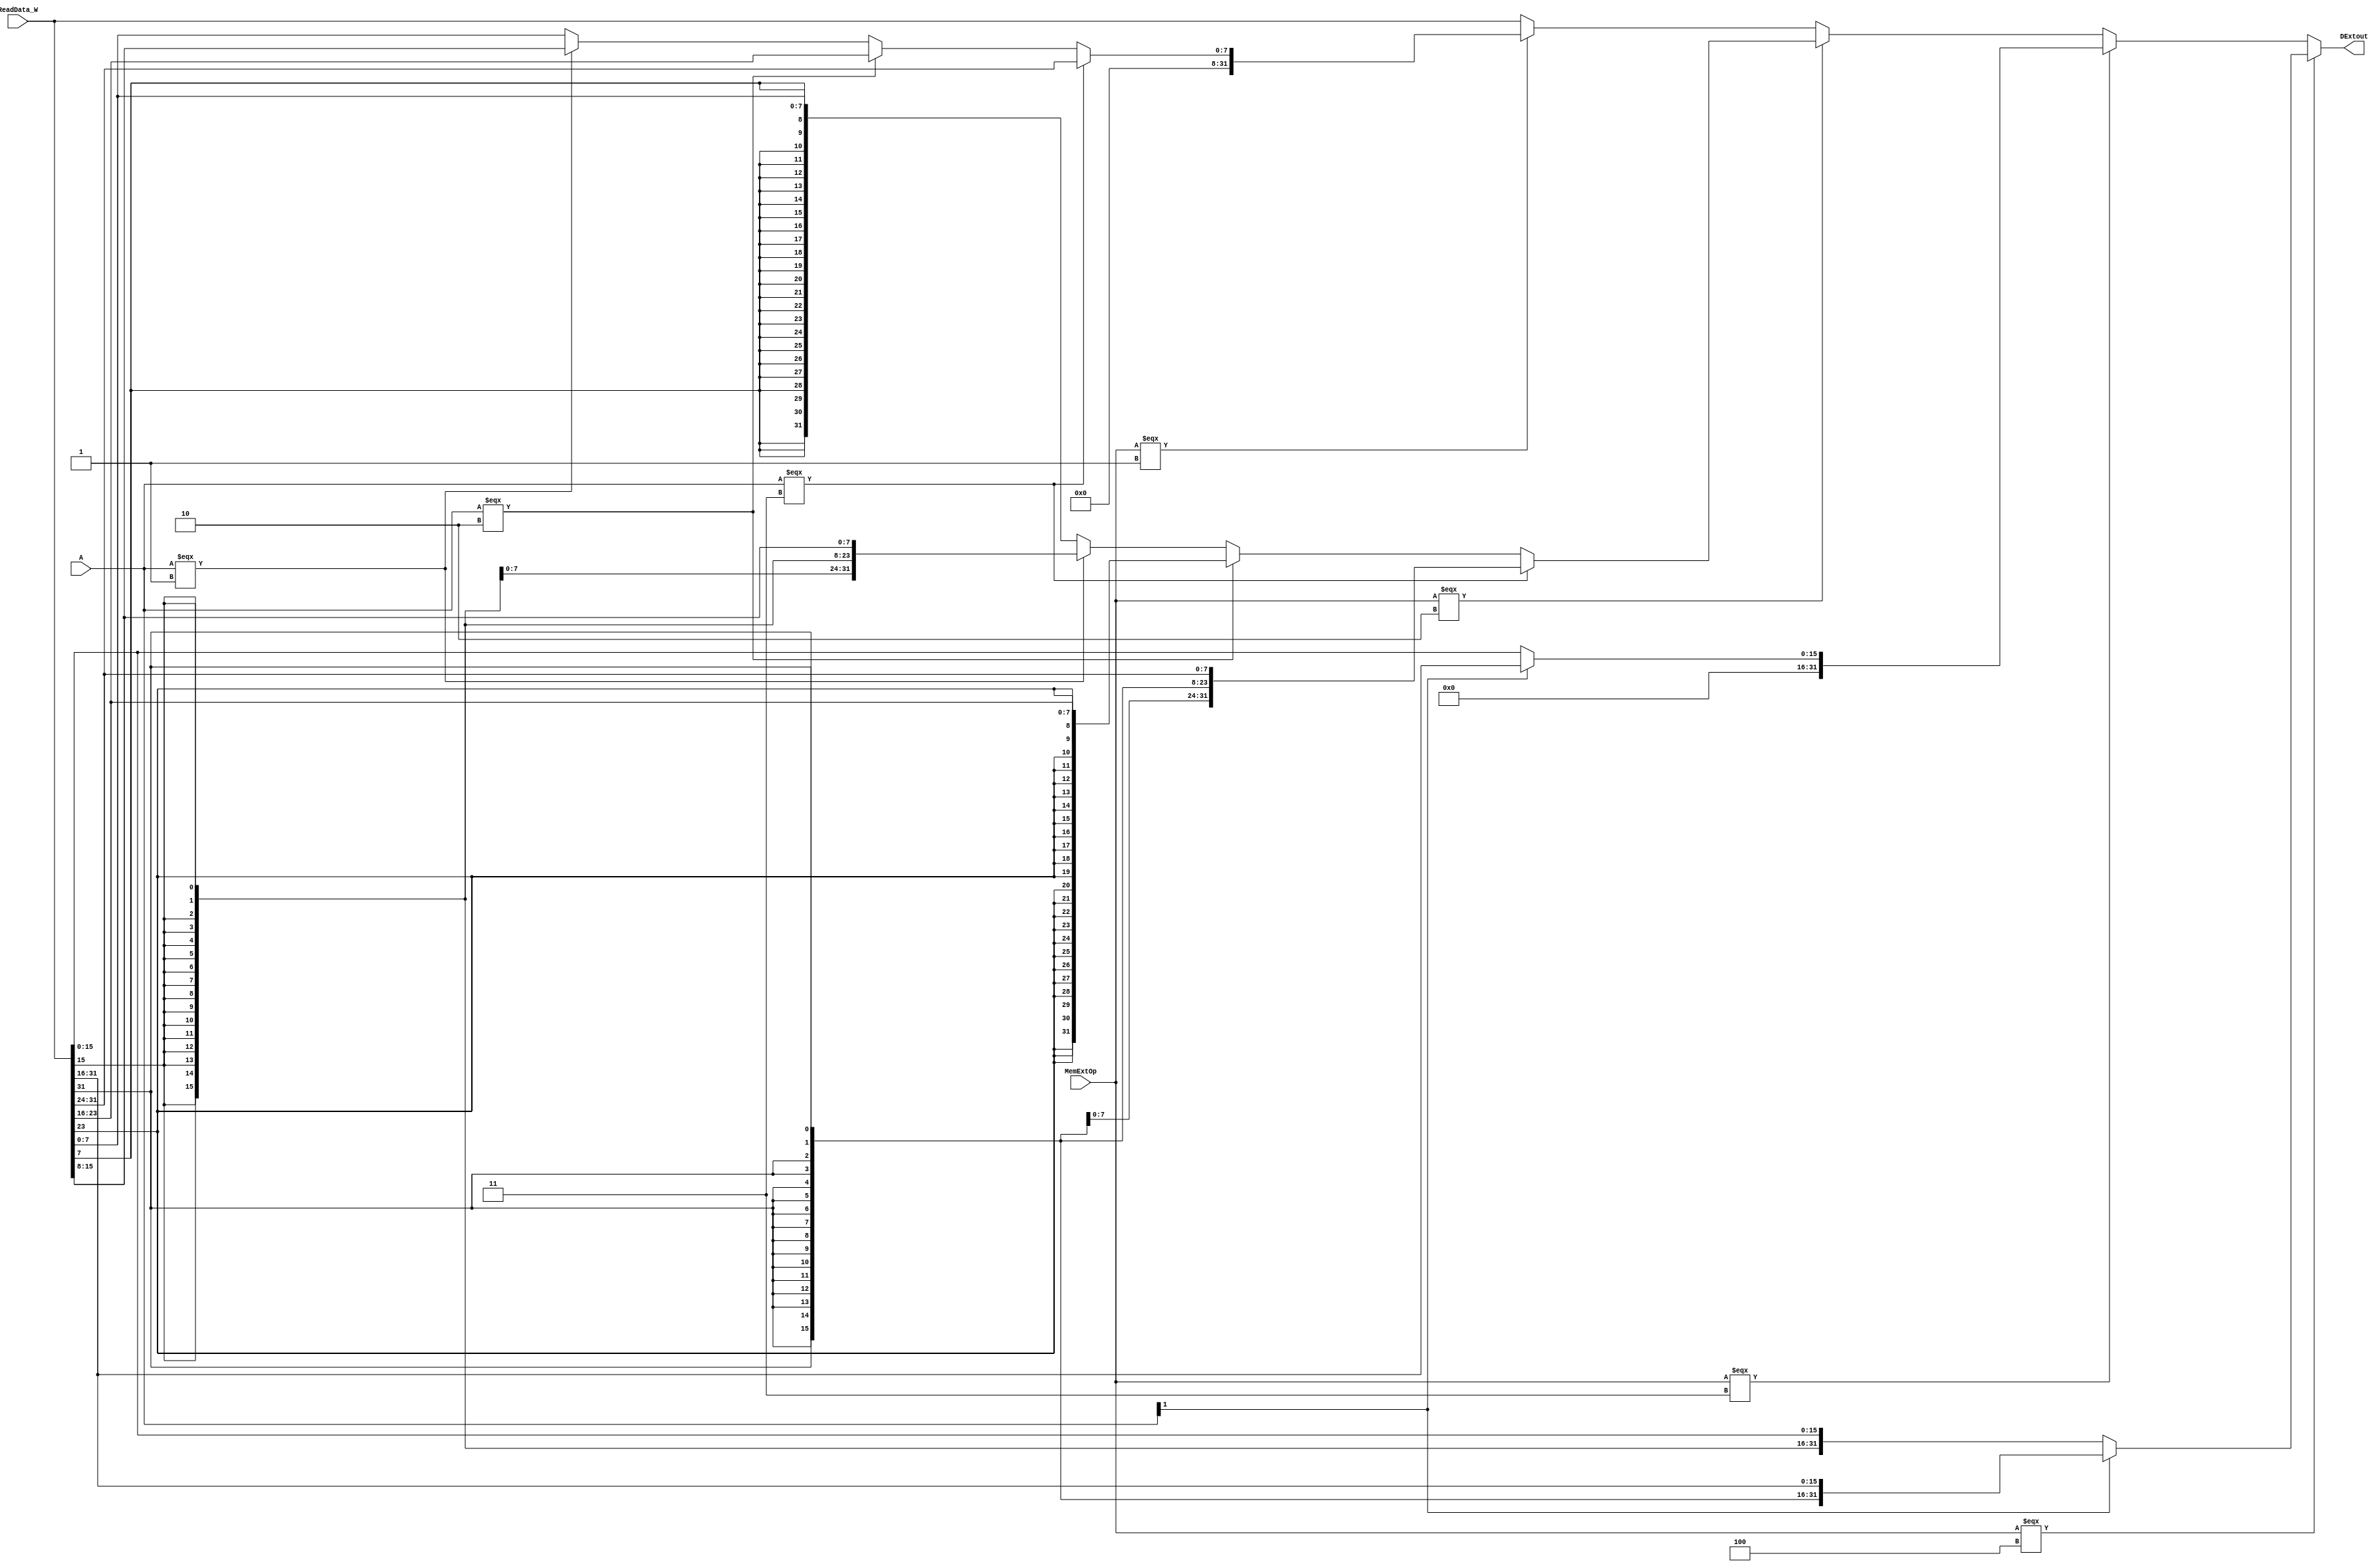
`timescale 1ns / 1ps
//////////////////////////////////////////////////////////////////////////////////
// Company: 
// Engineer: 
// 
// Design Name: 
// Module Name:    MemExt 
// Project Name: 
// Target Devices: 
// Tool versions: 
// Description: 
//
// Dependencies: 
//
// Revision: 
// Revision 0.01 - File Created
// Additional Comments: 
//
//////////////////////////////////////////////////////////////////////////////////
module DataExtend(
	 input [1:0] A,
	 input [2:0] MemExtOp,
	 input [31:0] ReadData_W,
	 output [31:0] DExtout
    );
	 
	 /*
	 assign DExtout = (MemExt === 0)?{{16{h[15]}},h}:
					  (MemExt === 1)?{16'b0,h}:
					  (MemExt === 2)?{{24{b[7]}},b}:
					  (MemExt === 3)?{24'b0,b}:
					  (MemExt === 4)?data:0;
	*/
	///////////////////////waiting////////////////////////////
	 assign DExtout = (MemExtOp === 4)?((A[1])?{{16{ReadData_W[31]}},ReadData_W[31:16]}:{{16{ReadData_W[15]}},ReadData_W[15:0]}):
							(MemExtOp === 3)?((A[1])?{16'b0,ReadData_W[31:16]}:{16'b0,ReadData_W[15:0]}):
							(MemExtOp === 2)?((A===3)?{{24{ReadData_W[31]}},ReadData_W[31:24]}:
													(A===2)?{{24{ReadData_W[23]}},ReadData_W[23:16]}:
													(A===1)?{{24{ReadData_W[15]}},ReadData_W[15:8]}:{{24{ReadData_W[7]}},ReadData_W[7:0]}):
							(MemExtOp === 1)?((A===3)?{24'b0,ReadData_W[31:24]}:
													(A===2)?{24'b0,ReadData_W[23:16]}:
													(A===1)?{24'b0,ReadData_W[15:8]}:{24'b0,ReadData_W[7:0]}):ReadData_W;

endmodule